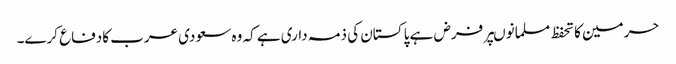
حرمین کا تحفظ مسلمانوںپر فرض ہے پا کستان کی ذمہ داری ہے کہ وہ سعودی عرب کادفاع کرے۔